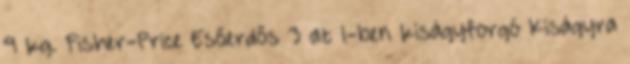
9 kg. Fisher-Price Esőerdős 3 az 1-ben kiságyforgó Kiságyra